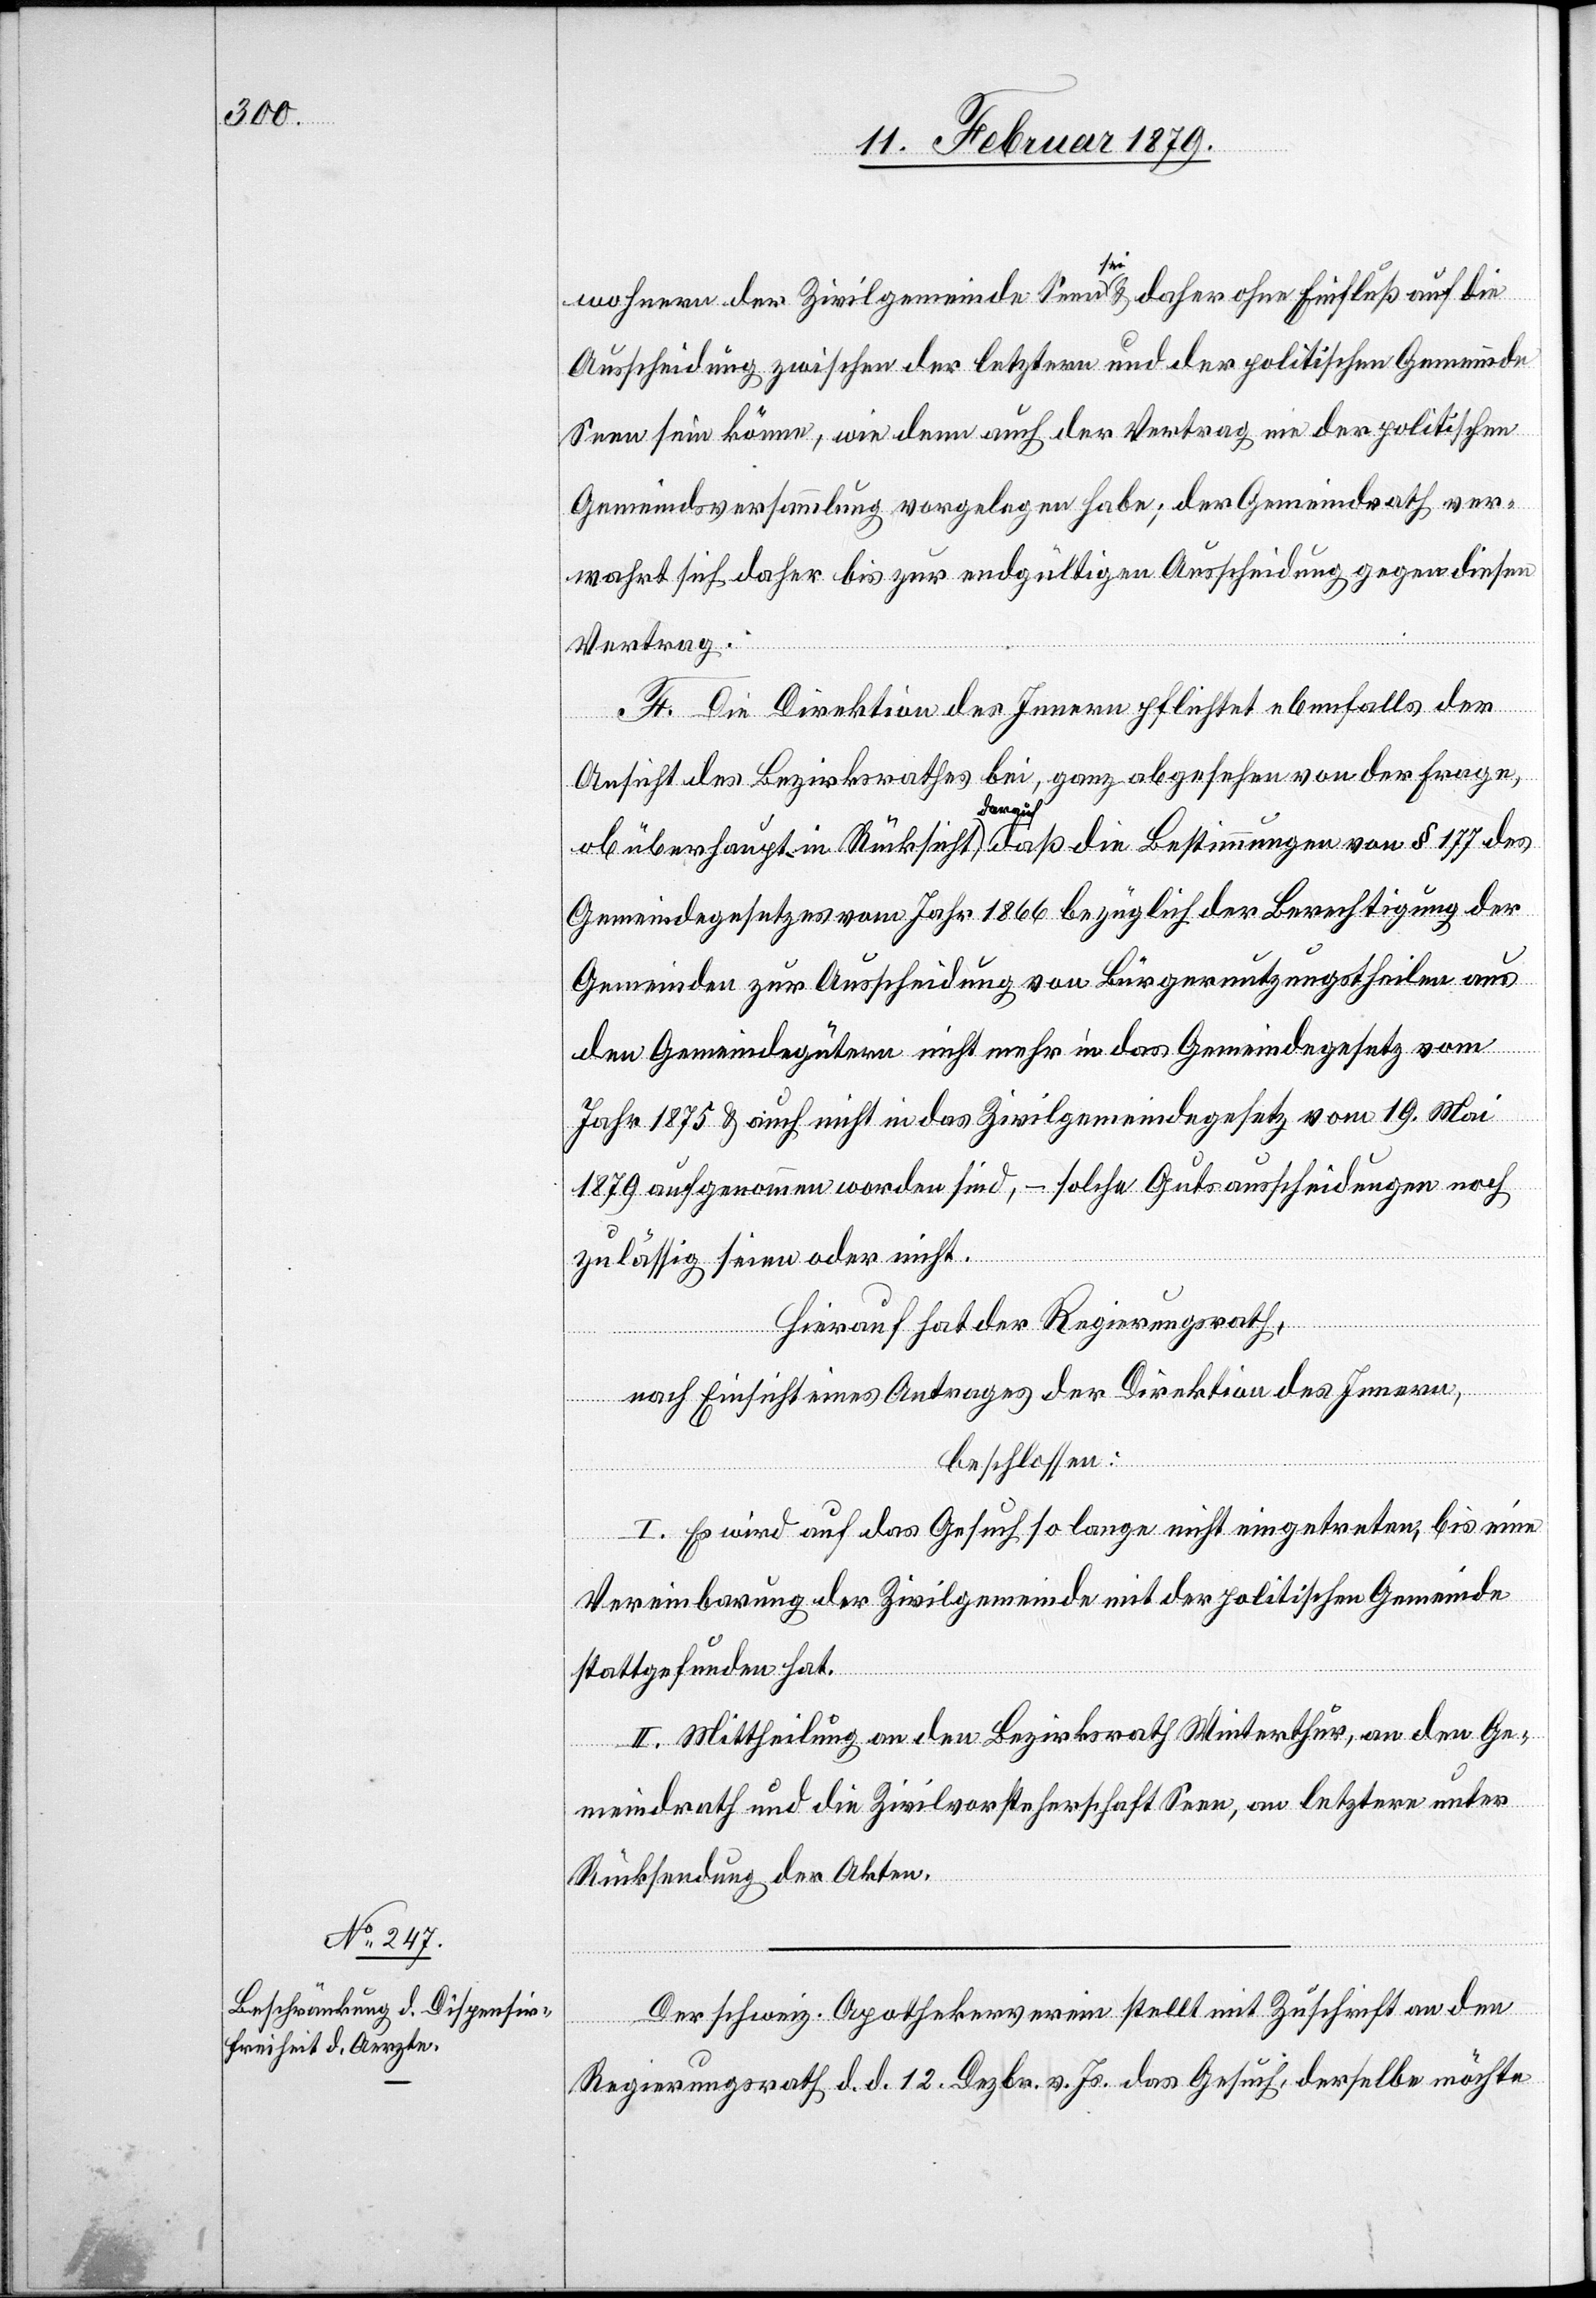
wohnern der Zivilgemeinde Seen sei & daher ohne Einfluß auf die
Ausscheidung zwischen der letztern und der politischen Gemeinde
Seen sein könne, wie denn auch der Vertrag nie der politischen
Gemeindsversammlung vorgelegen habe; der Gemeindrath ver¬
wahrt sich daher bis zur endgültigen Ausscheidung gegen diesen
Vertrag.
F. Die Direktion des Innern pflichtet ebenfalls der
Ansicht des Bezirksrathes bei, ganz abgesehen von der Frage,
ob überhaupt in Rücksicht darauf, daß die Bestimmungen von § 177 des
Gemeindegesetzes vom Jahr 1866 bezüglich der Berechtigung der
Gemeinden zur Ausscheidung von Bürgernutzungstheilen aus
den Gemeindegütern nicht mehr in das Gemeindegesetz vom
Jahr 1875 & auch nicht in das Zivilgemeindegesetz vom 19. Mai
1879 aufgenommen worden sind, – solche Gutsausscheidungen noch
zulässig seien oder nicht.
Hierauf hat der Regierungsrath,
nach Einsicht eines Antrages der Direktion des Innern,
beschlossen:
I. Es wird auf das Gesuch so lange nicht eingetreten, bis eine
Vereinbarung der Zivilgemeinde mit der politischen Gemeinde
stattgefunden hat.
II. Mittheilung an den Bezirksrath Winterthur, an den Ge¬
meindrath und die Zivilvorsteherschaft Seen, an letztere unter
Rücksendung der Akten.
Der schweiz. Apothekerverein stellt mit Zuschrift an den
Regierungsrath d. d. 12. Dezbr. v. Js. das Gesuch, derselbe möchte